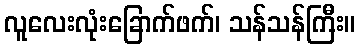
လူလေးလုံးခြောက်ဖက်၊ သန်သန်ကြီး။